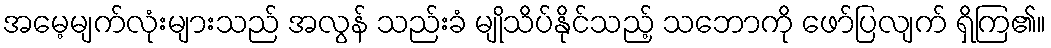
အမေ့မျက်လုံးများသည် အလွန် သည်းခံ မျိုသိပ်နိုင်သည့် သဘောကို ဖော်ပြလျက် ရှိကြ၏။